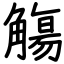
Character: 觴